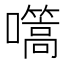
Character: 𭌬